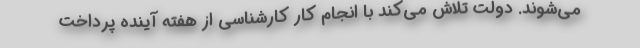
می‌شوند. دولت تلاش می‌کند با انجام کار کارشناسی از هفته آینده پرداخت